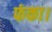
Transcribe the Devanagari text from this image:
फंका।